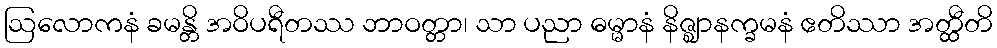
ဩလောကနံ ခမန္တိ အဝိပရီတဿ ဘာဝတ္တာ၊ သာ ပညာ ဓမ္မာနံ နိဇ္ဈာနက္ခမနံ ဧတိဿာ အတ္ထီတိ